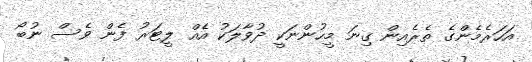
އަހަރެމެންގެ ތެރެއިން ގިނަ މީހުންނަކީ ދުވާލަކު އެއް ލީޓަރު ފެން ވެސް ނުބޯ